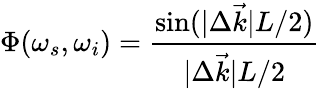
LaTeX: \Phi(\omega_{s},\omega_{i})=\frac{\sin(|\Delta\vec{k}|L/2)}{|\Delta\vec{k}|L/2}